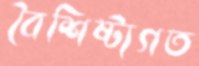
বৈশিষ্ট্যগত